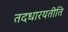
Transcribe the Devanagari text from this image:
तदधारयतीति